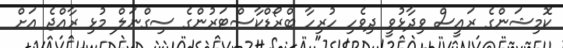
ކޮމިޝަންގެ ރައީސް ވިދާޅުވީ ދިވެހި ހުރިހާ ބްރޯޑްކާސްޓަރުންގެ ސިގްނަލް މުޅި ރާއްޖެ އަށް